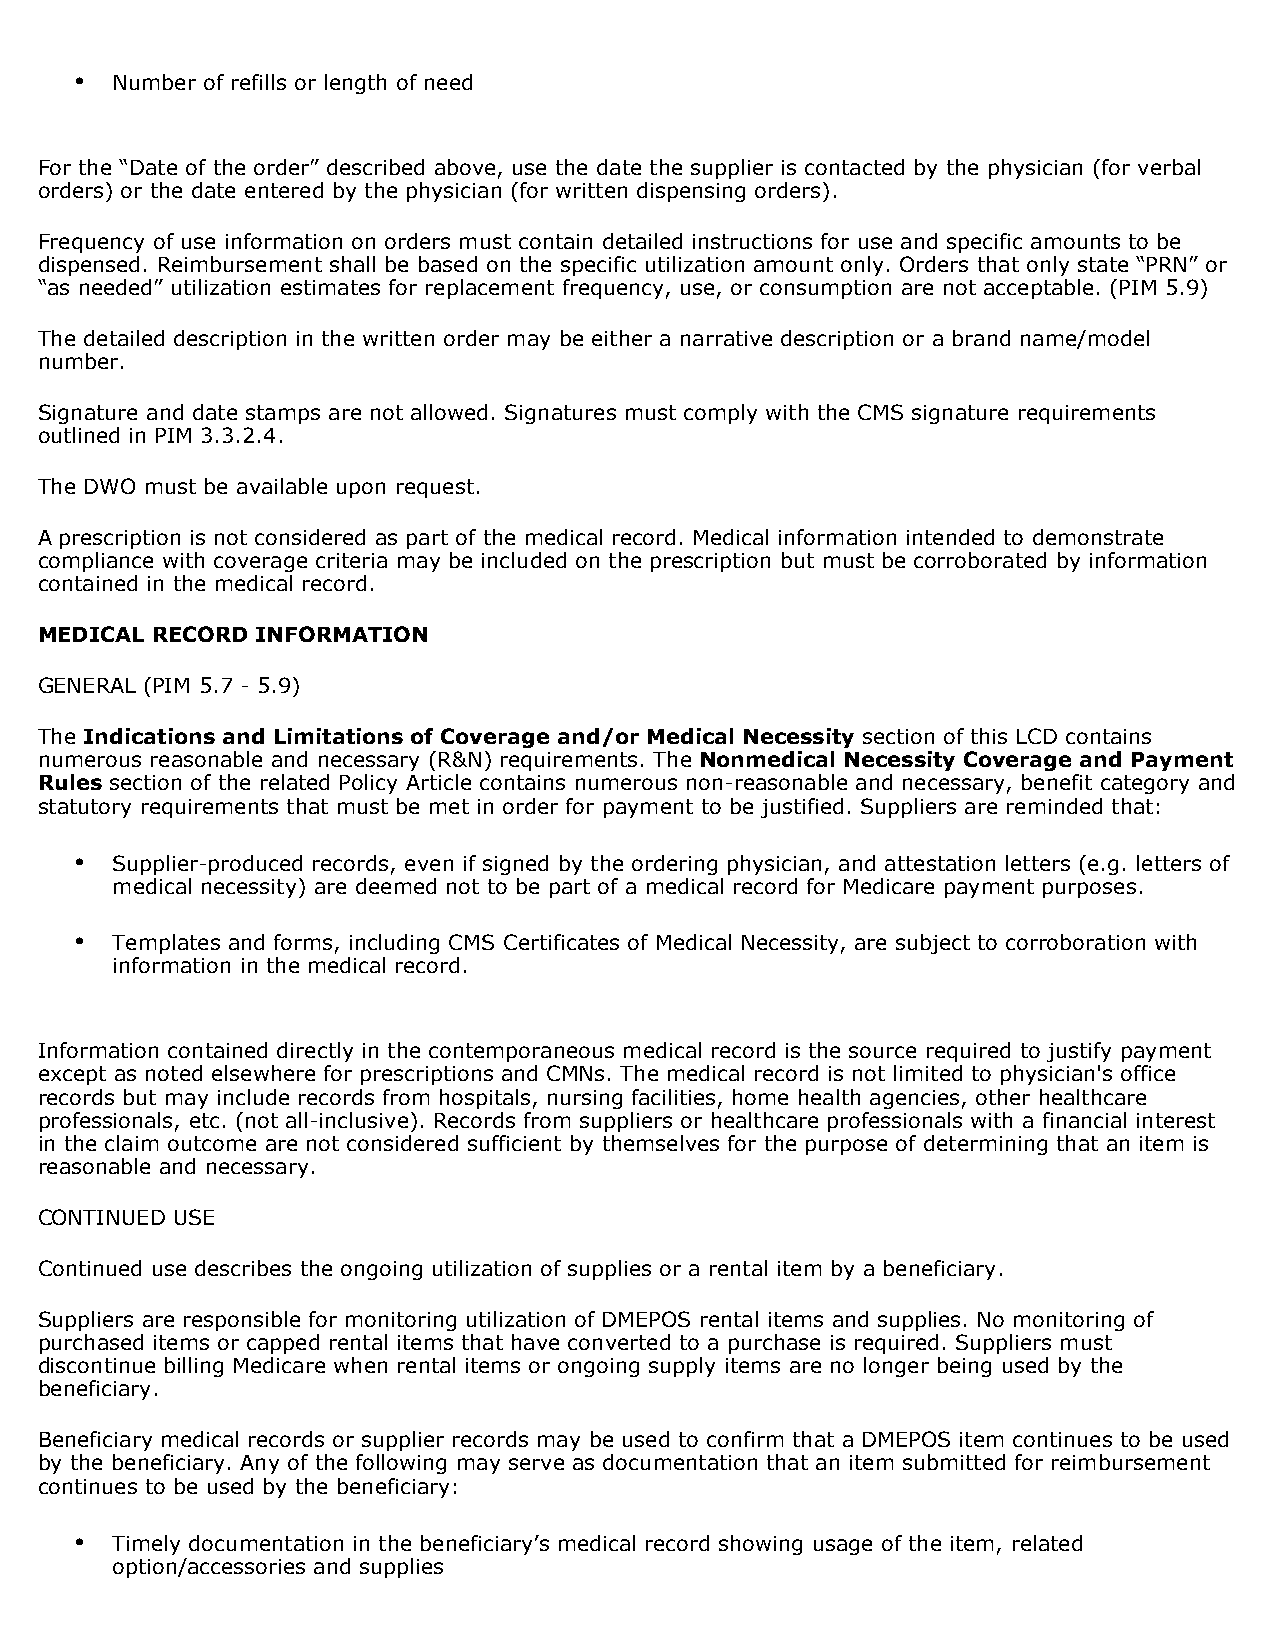
• Number of refills or length of need
 For the “Date of the order” described above, use the date the supplier is contacted by the physician (for verbal
 orders) or the date entered by the physician (for written dispensing orders).
 Frequency of use information on orders must contain detailed instructions for use and specific amounts to be
 dispensed. Reimbursement shall be based on the specific utilization amount only. Orders that only state “PRN” or
 “as needed” utilization estimates for replacement frequency, use, or consumption are not acceptable. (PIM 5.9)
 The detailed description in the written order may be either a narrative description or a brand name/model
 number.
 Signature and date stamps are not allowed. Signatures must comply with the CMS signature requirements
 outlined in PIM 3.3.2.4.
 The DWO must be available upon request.
 A prescription is not considered as part of the medical record. Medical information intended to demonstrate
 compliance with coverage criteria may be included on the prescription but must be corroborated by information
 contained in the medical record.
 MEDICAL RECORD INFORMATION
 GENERAL (PIM 5.7 - 5.9)
 The Indications and Limitations of Coverage and/or Medical Necessity section of this LCD contains
 numerous reasonable and necessary (R&N) requirements. The Nonmedical Necessity Coverage and Payment
 Rules section of the related Policy Article contains numerous non-reasonable and necessary, benefit category and
 statutory requirements that must be met in order for payment to be justified. Suppliers are reminded that:
 • Supplier-produced records, even if signed by the ordering physician, and attestation letters (e.g. letters of
 medical necessity) are deemed not to be part of a medical record for Medicare payment purposes.
 • Templates and forms, including CMS Certificates of Medical Necessity, are subject to corroboration with
 information in the medical record.
 Information contained directly in the contemporaneous medical record is the source required to justify payment
 except as noted elsewhere for prescriptions and CMNs. The medical record is not limited to physician's office
 records but may include records from hospitals, nursing facilities, home health agencies, other healthcare
 professionals, etc. (not all-inclusive). Records from suppliers or healthcare professionals with a financial interest
 in the claim outcome are not considered sufficient by themselves for the purpose of determining that an item is
 reasonable and necessary.
 CONTINUED USE
 Continued use describes the ongoing utilization of supplies or a rental item by a beneficiary.
 Suppliers are responsible for monitoring utilization of DMEPOS rental items and supplies. No monitoring of
 purchased items or capped rental items that have converted to a purchase is required. Suppliers must
 discontinue billing Medicare when rental items or ongoing supply items are no longer being used by the
 beneficiary.
 Beneficiary medical records or supplier records may be used to confirm that a DMEPOS item continues to be used
 by the beneficiary. Any of the following may serve as documentation that an item submitted for reimbursement
 continues to be used by the beneficiary:
 • Timely documentation in the beneficiary’s medical record showing usage of the item, related
 option/accessories and supplies